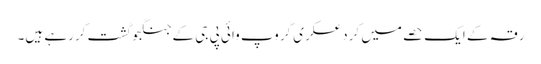
رقہ کے ایک حصے میں کرد عسکری گروپ وائی پی جی کے جنگجو گشت کررہے ہیں۔